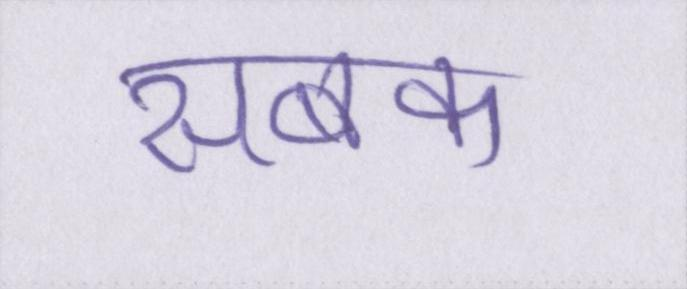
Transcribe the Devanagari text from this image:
सबक